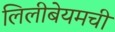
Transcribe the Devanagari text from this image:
लिलीबेयमची